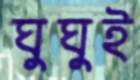
ঘুঘুই